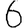
Digit: 6